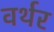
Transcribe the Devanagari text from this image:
वर्थर